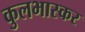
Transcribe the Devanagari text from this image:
कुलभास्कर